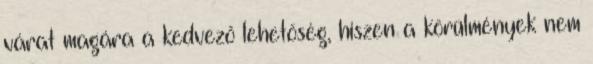
várat magára a kedvező lehetőség, hiszen a körülmények nem